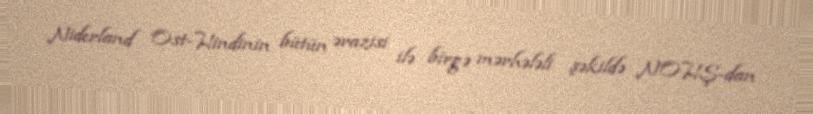
Niderland Ost-Hindinin bütün ərazisi ilə birgə mərhələli şəkildə NOHŞ-dan